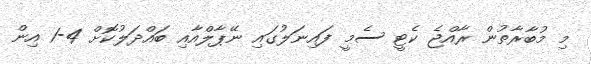
މި މުބާރާތުން ރާއްޖެ ކެޓީ ސެމީ ފައިނަލުގައި ނޭޕާލްއާއި ބައްދަލުކޮށް 4-1 އިން